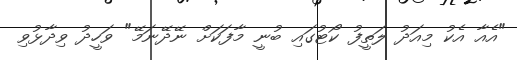
"އެއާ އެކު މިއަދު ލަތީފު ކޯޓުގައި ބުނީ މާފަކަށް ނޭދޭނަމޭ" ވަހީދު ވިދާޅުވި